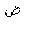
Letter: _dad